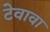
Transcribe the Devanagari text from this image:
टेवावा